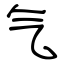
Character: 气